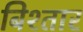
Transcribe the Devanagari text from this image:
बिश्तार